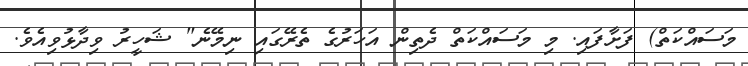
މަސައްކަތް) ފަށާފައި. މި މަސައްކަތް ދެތިން އަހަރުގެ ތެރޭގައި ނިމޭނެ" ޝަހީރު ވިދާޅުވިއެވެ.